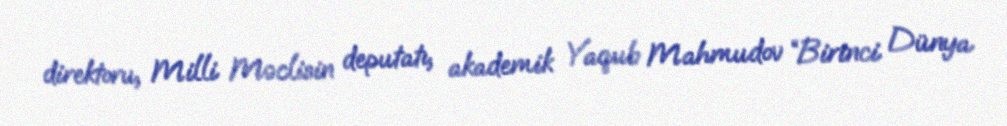
direktoru, Milli Məclisin deputatı, akademik Yaqub Mahmudov “Birinci Dünya